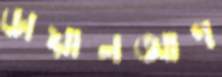
ডায়ালআপ